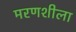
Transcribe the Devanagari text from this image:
मरणशीला